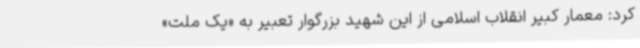
کرد: معمار کبیر انقلاب اسلامی از این شهید بزرگوار تعبیر به «یک ملت»